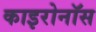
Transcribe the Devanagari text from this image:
काइरोनॉस